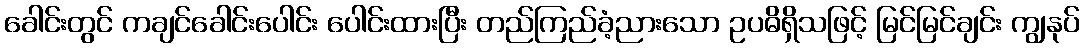
ခေါင်းတွင် ကချင်ခေါင်းပေါင်း ပေါင်းထားပြီး တည်ကြည်ခံ့ညားသော ဥပဓိရှိသဖြင့် မြင်မြင်ချင်း ကျွနုပ်